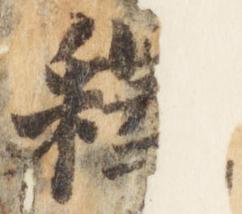
釈